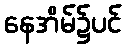
နေအိမ်၌ပင်